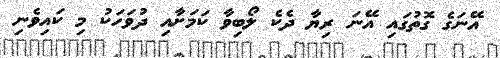
އޭނަގެ ގޮތުގައި އޭނަ ރިޔާ ދެކެ ލޯބިވާ ކަމަށާއި ދުވަހަކު މި ކައިވެނި